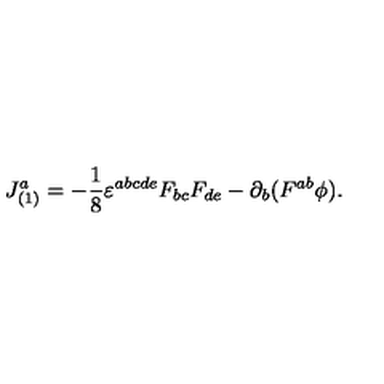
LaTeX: J _ { ( 1 ) } ^ { a } = - \frac { 1 } { 8 } \varepsilon ^ { a b c d e } F _ { b c } F _ { d e } - \partial _ { b } ( F ^ { a b } \phi ) .